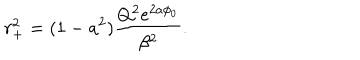
r _ { + } ^ { 2 } = ( 1 - a ^ { 2 } ) \frac { Q ^ { 2 } e ^ { 2 a \phi _ { 0 } } } { \beta ^ { 2 } } .